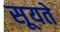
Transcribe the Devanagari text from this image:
सूयते